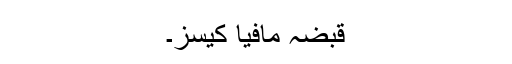
قبضہ مافیا کیسز۔